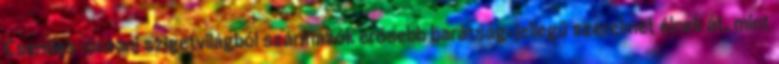
Csendes-óceáni szigetvilágból származók erősebb barátság-jellegű szerelmet élnek át, mint